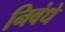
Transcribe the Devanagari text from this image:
निबंधे